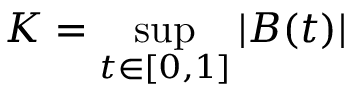
K = \operatorname* { s u p } _ { t \in [ 0 , 1 ] } | B ( t ) |